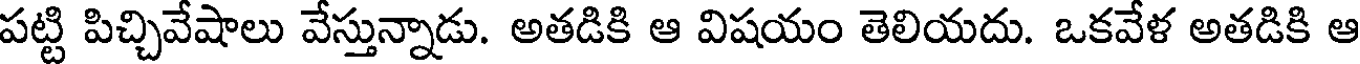
పట్టి పిచ్చివేషాలు వేస్తున్నాడు. అతడికి ఆ విషయం తెలియదు. ఒకవేళ అతడికి ఆ